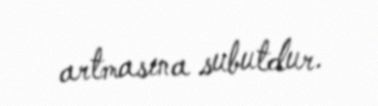
artmasına subutdur.